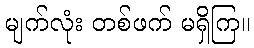
မျက်လုံး တစ်ဖက် မရှိကြ။